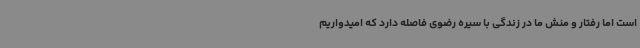
است اما رفتار و منش ما در زندگی با سیره رضوی فاصله دارد که امیدواریم